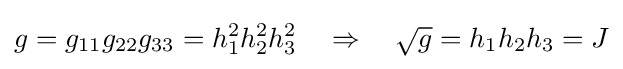
g=g_{11}g_{22}g_{33}=h_{1}^{2}h_{2}^{2}h_{3}^{2}\quad \Rightarrow \quad {\sqrt {g}}=h_{1}h_{2}h_{3}=J